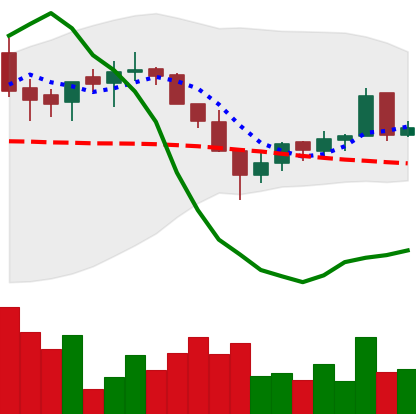
Ticker: LTC-USD
Chart end date: 2016-03-13
Forward return: -4.16%
Label: down_3_5